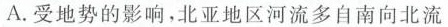
A.受地势的影响，北亚地区河流多自南向北流